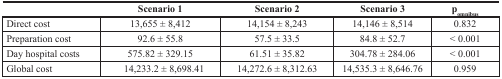
<table><thead><tr><td></td><td><b>Scenario 1</b></td><td><b>Scenario 2</b></td><td><b>Scenario 3</b></td><td><b>p<sub>omnibus</sub></b></td></tr></thead><tbody><tr><td>Direct cost</td><td>13,655 ± 8,412</td><td>14,154 ± 8,243</td><td>14,146 ± 8,514</td><td>0.832</td></tr><tr><td>Preparation cost</td><td>92.6 ± 55.8</td><td>57.5 ± 33.5</td><td>84.8 ± 52.7</td><td>&lt; 0.001</td></tr><tr><td>Day hospital costs</td><td>575.82 ± 329.15</td><td>61.51 ± 35.82</td><td>304.78 ± 284.06</td><td>&lt; 0.001</td></tr><tr><td>Global cost</td><td>14,233.2 ± 8,698.41</td><td>14,272.6 ± 8,312.63</td><td>14,535.3 ± 8,646.76</td><td>0.959</td></tr></tbody></table>